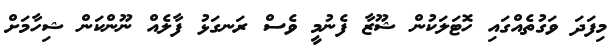
މިފަދަ ވަގުތެއްގައި ހޮޓަލަކުން ޝޫޒާ ފެނުމީ ވެސް ރަނގަޅު ފާލެއް ނޫންކަން ޝިހާމަށް